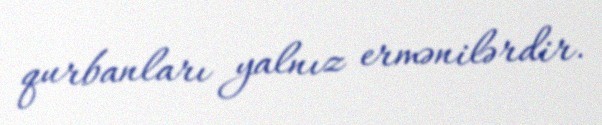
qurbanları yalnız ermənilərdir.